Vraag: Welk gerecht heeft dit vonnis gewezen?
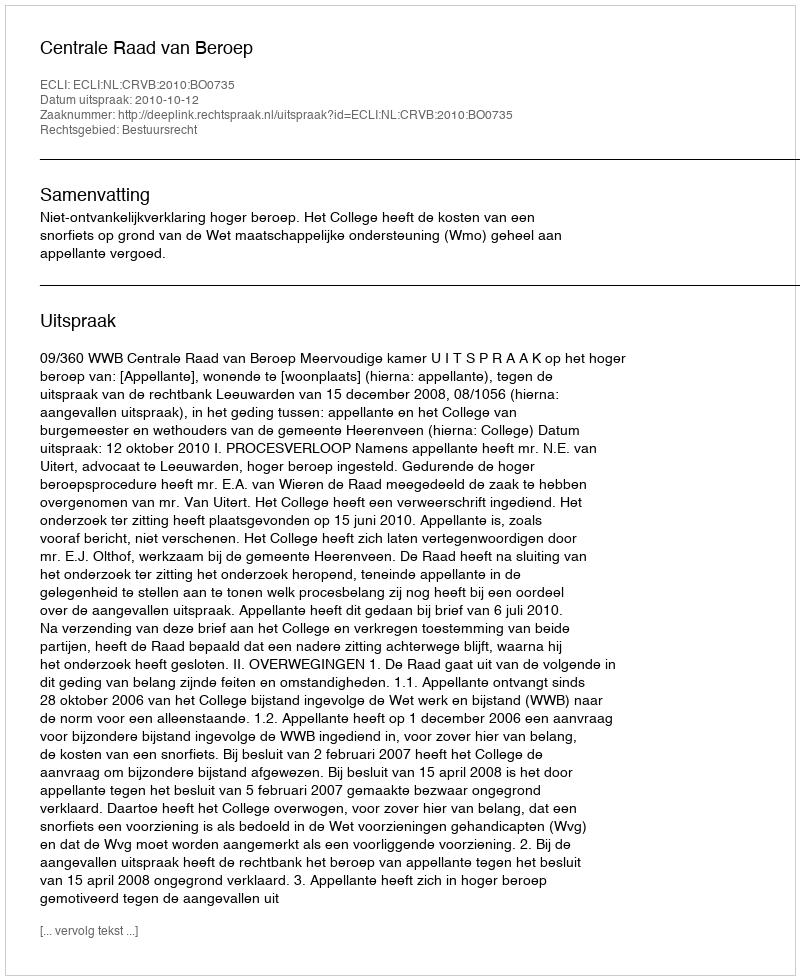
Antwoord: Centrale Raad van Beroep